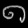
Digit: ၈